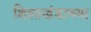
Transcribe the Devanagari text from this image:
शिलाखंडाच्या